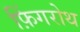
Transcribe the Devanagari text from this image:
फ़िंगरोथ